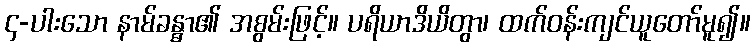
၄-ပါးသော နာမ်ခန္ဓာ၏ အစွမ်းဖြင့်။ ပရိယာဒိယိတွာ၊ ထက်ဝန်းကျင်ယူတော်မူ၍။